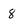
Character: 8